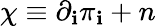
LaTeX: \chi\equiv\partial_{\mathbf{i}}\pi_{\mathbf{i}}+n